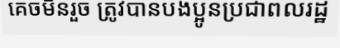
គេចមិនរួច ត្រូវបានបងប្អូនប្រជាពលរដ្ឋ